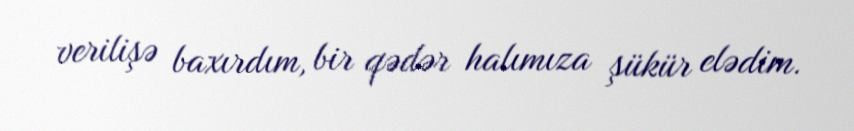
verilişə baxırdım, bir qədər halımıza şükür elədim.